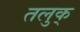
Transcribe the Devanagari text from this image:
तलुक्